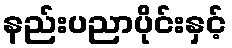
နည်းပညာပိုင်းနှင့်